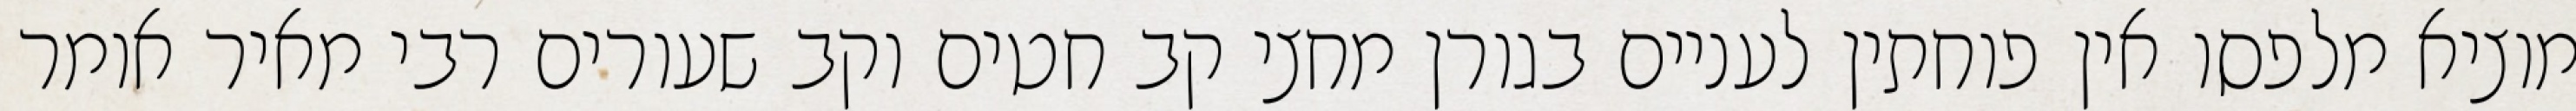
מוציא מלפסו אין פוחתין לעניים בגורן מחצי קב חטים וקב שעורים רבי מאיר אומר